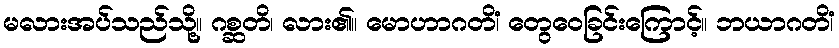
မလားအပ်သည်သို့။ ဂစ္ဆတိ၊ လား၏။ မောဟာဂတိံ၊ တွေဝေခြင်းကြောင့်။ ဘယာဂတိံ၊